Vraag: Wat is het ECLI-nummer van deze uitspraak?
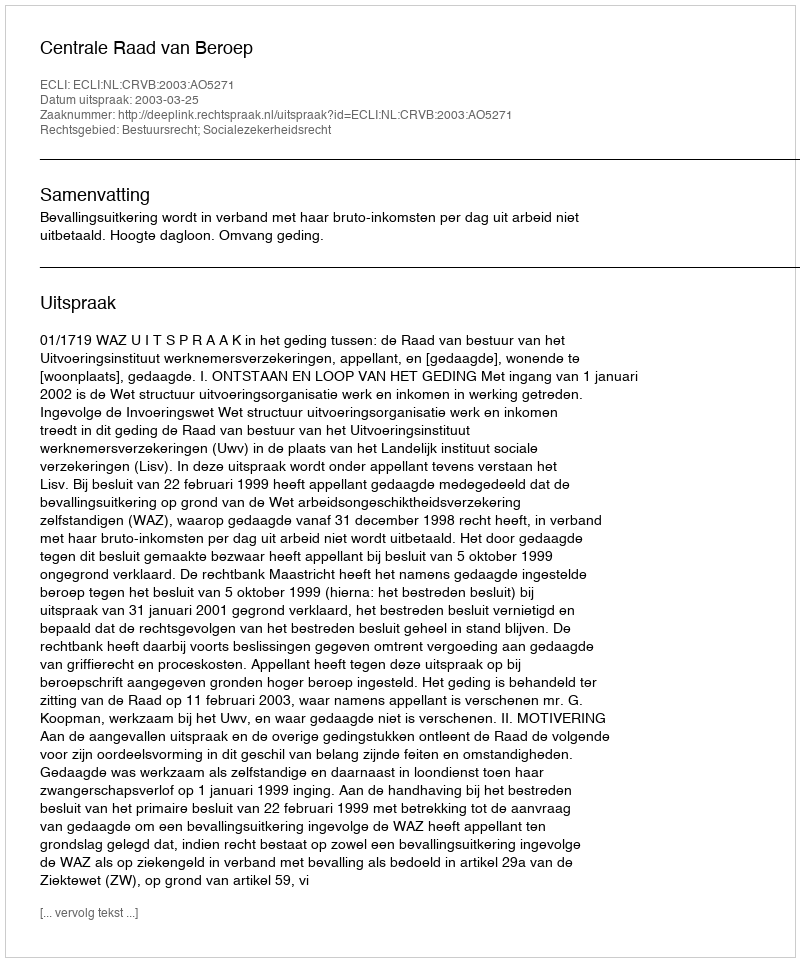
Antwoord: ECLI:NL:CRVB:2003:AO5271